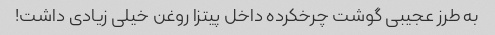
به طرز عجیبی گوشت چرخکرده داخل پیتزا روغن خیلی زیادی داشت!